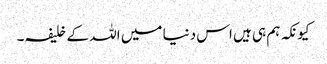
کیونکہ ہم ہی ہیں اس دنیا میں اللہ کے خلیفہ۔